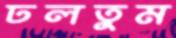
ঢলতুম